Regulations for the medical services of the Army of India
Year: 1930
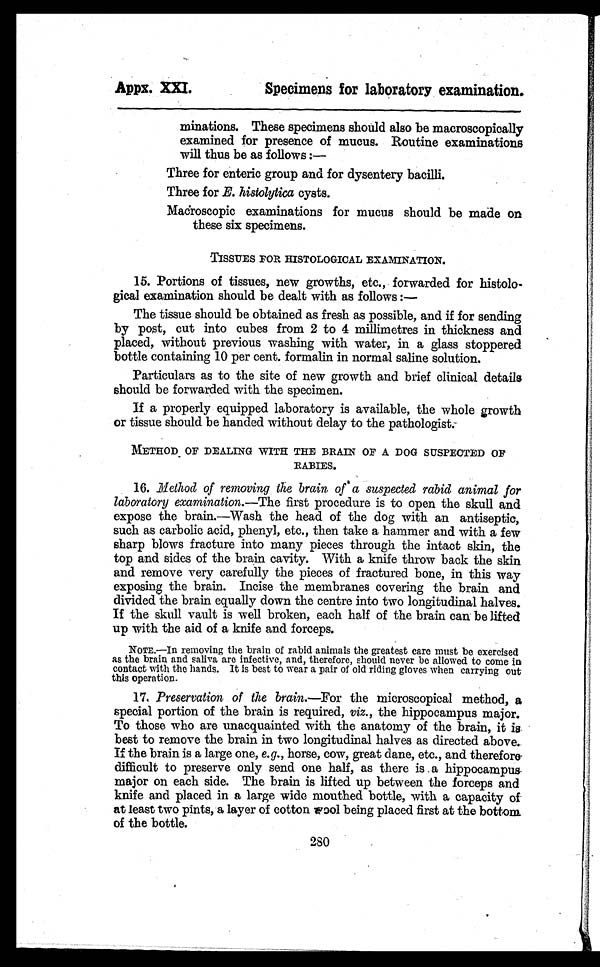
1
Appx. XXI.
Specimens for laboratory examination.
minations. These specimens should also be macroscopically
examined for presence of mucus. Routine examinations
will thus be as follows : —
Three for enteric group and for dysentery bacilli.
Three for E. histolytica cysts.
Macroscopic examinations for mucus should be made on
these six specimens.
TISSUES FOR HISTOLOGICAL EXAMINATION.
15.Portions of tissues, new growths, etc., forwarded for histolo-
gical examination should be dealt with as follows :
—
The tissue should be obtained as fresh as possible, and if for sending
by post, cut into cubes from 2 to 4 millimetres in thickness and
placed, without previous washing with water, in a glass stoppered
bottle containing 10 per cent. formalin in normal saline solution.
Particulars as to the site of new growth and brief clinical details
should be forwarded with the specimen.
If a properly equipped laboratory is available, the whole growth
or tissue should be handed without delay to the pathologist:
METHOD OF DEALING WITH THE BRAIN OF A DOG SUSPECTED OF
RABIES.
16.Method of removing the brain of a suspected rabid animal for
laboratory examination.—The first procedure is to open the skull and
expose the brain.—Wash the head of the dog with an antiseptic,
hammer
as carbolic acid, phenyl, etc., then take a ammer and with a few
sharp blows fracture into many pieces through the intact skin, the
top and sides of the brain cavity. With a knife throw back the skin
and remove very carefully the pieces of fractured bone, in this way
exposing the brain. Incise the membranes covering the brain and
divided the brain equally down the centre into two longitudinal halves.
If the skull vault is well broken, each half of the brain can be lifted
up with the aid of a knife and forceps.
NOTE.—In removing the brain of rabid animals the greatest care must be exercised
as the brain and saliva are infective, and, therefore, should never be allowed to come in
contact with the hands. It is best to wear a pair of old riding gloves when carrying out
this operation.
17.Preservation of the brain.—For the microscopical method, a
special portion of the brain is required, viz., the hippocampus major.
To those who are unacquainted with the anatomy of the brain, it is
best to remove the brain in two longitudinal halves as directed above.
If the brain is a large one, e. g., horse, cow, great dane, etc., and therefore
difficult to preserve only send one hall, as there is a hippocampus
major on each side. The brain is lifted up between the forceps and
knife and placed in a large wide mouthed bottle, with a capacity of
at least two pints, a layer of cotton Tool being placed first at the bottom
of the bottle.
280